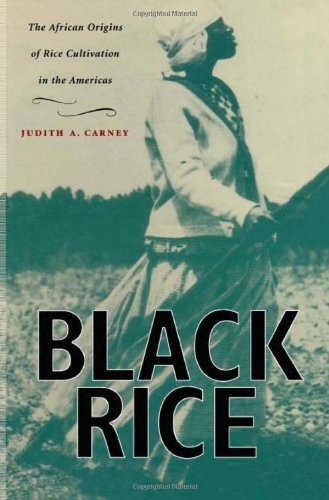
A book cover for Black Rice: The African Origins of Rice Cultivation in the Americas; Judith A. Carney; History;